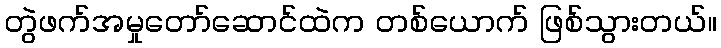
တွဲဖက်အမှုတော်ဆောင်ထဲက တစ်ယောက် ဖြစ်သွားတယ်။